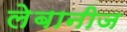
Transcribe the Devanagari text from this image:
लेबानीज